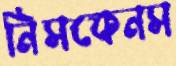
নিসকেনস